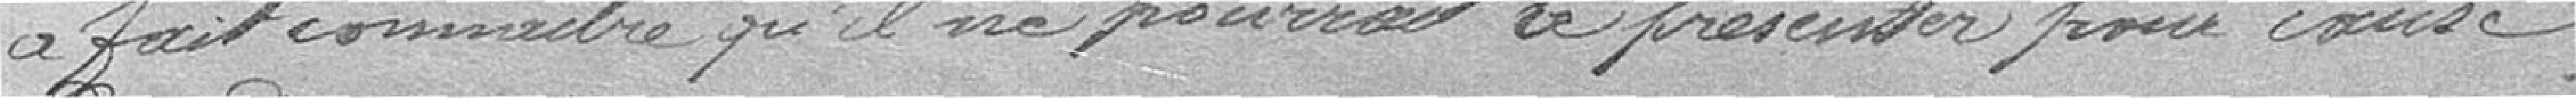
a fait connaître qu'il ne pouvait se présenter pour cause